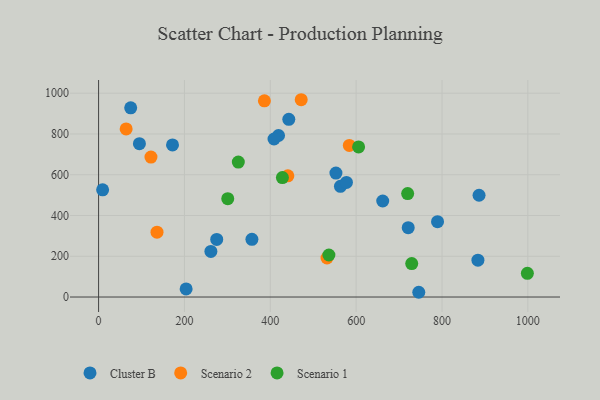
{"axis": {"x": "Investment", "y": "Salary"}, "legend": ["Cluster B", "Scenario 1", "Scenario 2"], "data": [{"x": "661.9", "y": 471.0, "type": "Cluster B"}, {"x": "275.2", "y": 282.4, "type": "Cluster B"}, {"x": "74.8", "y": 928.1, "type": "Cluster B"}, {"x": "789.6", "y": 369.6, "type": "Cluster B"}, {"x": "883.7", "y": 180.6, "type": "Cluster B"}, {"x": "886.3", "y": 499.4, "type": "Cluster B"}, {"x": "203.9", "y": 39.8, "type": "Cluster B"}, {"x": "419.2", "y": 792.6, "type": "Cluster B"}, {"x": "95.1", "y": 752.2, "type": "Cluster B"}, {"x": "552.9", "y": 608.2, "type": "Cluster B"}, {"x": "357.2", "y": 283.3, "type": "Cluster B"}, {"x": "721.3", "y": 340.3, "type": "Cluster B"}, {"x": "9.4", "y": 526.0, "type": "Cluster B"}, {"x": "563.4", "y": 543.0, "type": "Cluster B"}, {"x": "443.1", "y": 871.7, "type": "Cluster B"}, {"x": "408.7", "y": 775.3, "type": "Cluster B"}, {"x": "745.9", "y": 23.3, "type": "Cluster B"}, {"x": "577.4", "y": 562.4, "type": "Cluster B"}, {"x": "172.2", "y": 746.3, "type": "Cluster B"}, {"x": "261.6", "y": 223.7, "type": "Cluster B"}, {"x": "440.9", "y": 594.5, "type": "Scenario 2"}, {"x": "472.0", "y": 968.0, "type": "Scenario 2"}, {"x": "584.1", "y": 744.0, "type": "Scenario 2"}, {"x": "122.0", "y": 686.6, "type": "Scenario 2"}, {"x": "532.1", "y": 191.5, "type": "Scenario 2"}, {"x": "64.2", "y": 824.6, "type": "Scenario 2"}, {"x": "386.3", "y": 962.6, "type": "Scenario 2"}, {"x": "136.1", "y": 318.0, "type": "Scenario 2"}, {"x": "300.9", "y": 482.5, "type": "Scenario 1"}, {"x": "428.2", "y": 586.0, "type": "Scenario 1"}, {"x": "536.5", "y": 206.3, "type": "Scenario 1"}, {"x": "998.9", "y": 116.4, "type": "Scenario 1"}, {"x": "325.5", "y": 662.0, "type": "Scenario 1"}, {"x": "605.7", "y": 736.3, "type": "Scenario 1"}, {"x": "729.5", "y": 164.1, "type": "Scenario 1"}, {"x": "720.0", "y": 507.6, "type": "Scenario 1"}]}